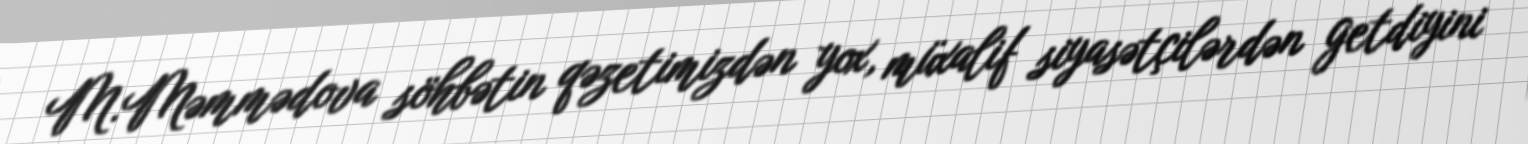
M.Məmmədova söhbətin qəzetimizdən yox, müxalif siyasətçilərdən getdiyini